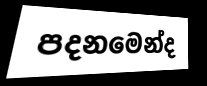
පදනමෙන්ද